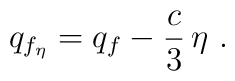
q_{f_\eta} = q_f - {c \over 3}\, \eta~.